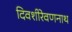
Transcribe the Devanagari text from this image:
दिवशीरेवणनाथ